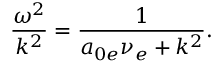
\frac { \omega ^ { 2 } } { k ^ { 2 } } = \frac { 1 } { a _ { 0 e } \nu _ { e } + k ^ { 2 } } .